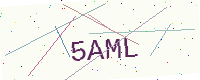
Text: 5AML